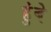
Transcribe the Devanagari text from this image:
हुंबे